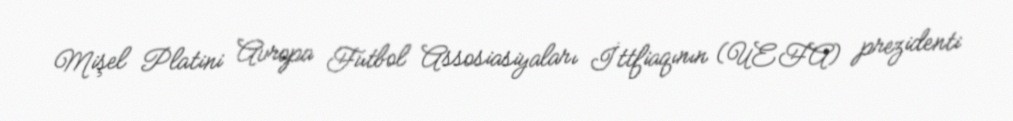
Mişel Platini Avropa Futbol Assosiasiyaları İttfiaqının (UEFA) prezidenti